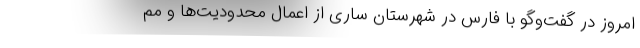
امروز در گفت‌وگو با فارس در شهرستان ساری از اعمال محدودیت‌ها و مم